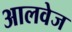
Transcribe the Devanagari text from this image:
आलवेज